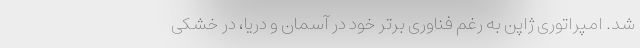
شد. امپراتوری ژاپن به رغم فناوری برتر خود در آسمان و دریا، در خشکی